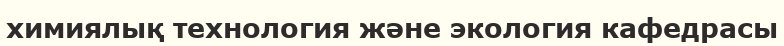
химиялық технология және экология кафедрасы